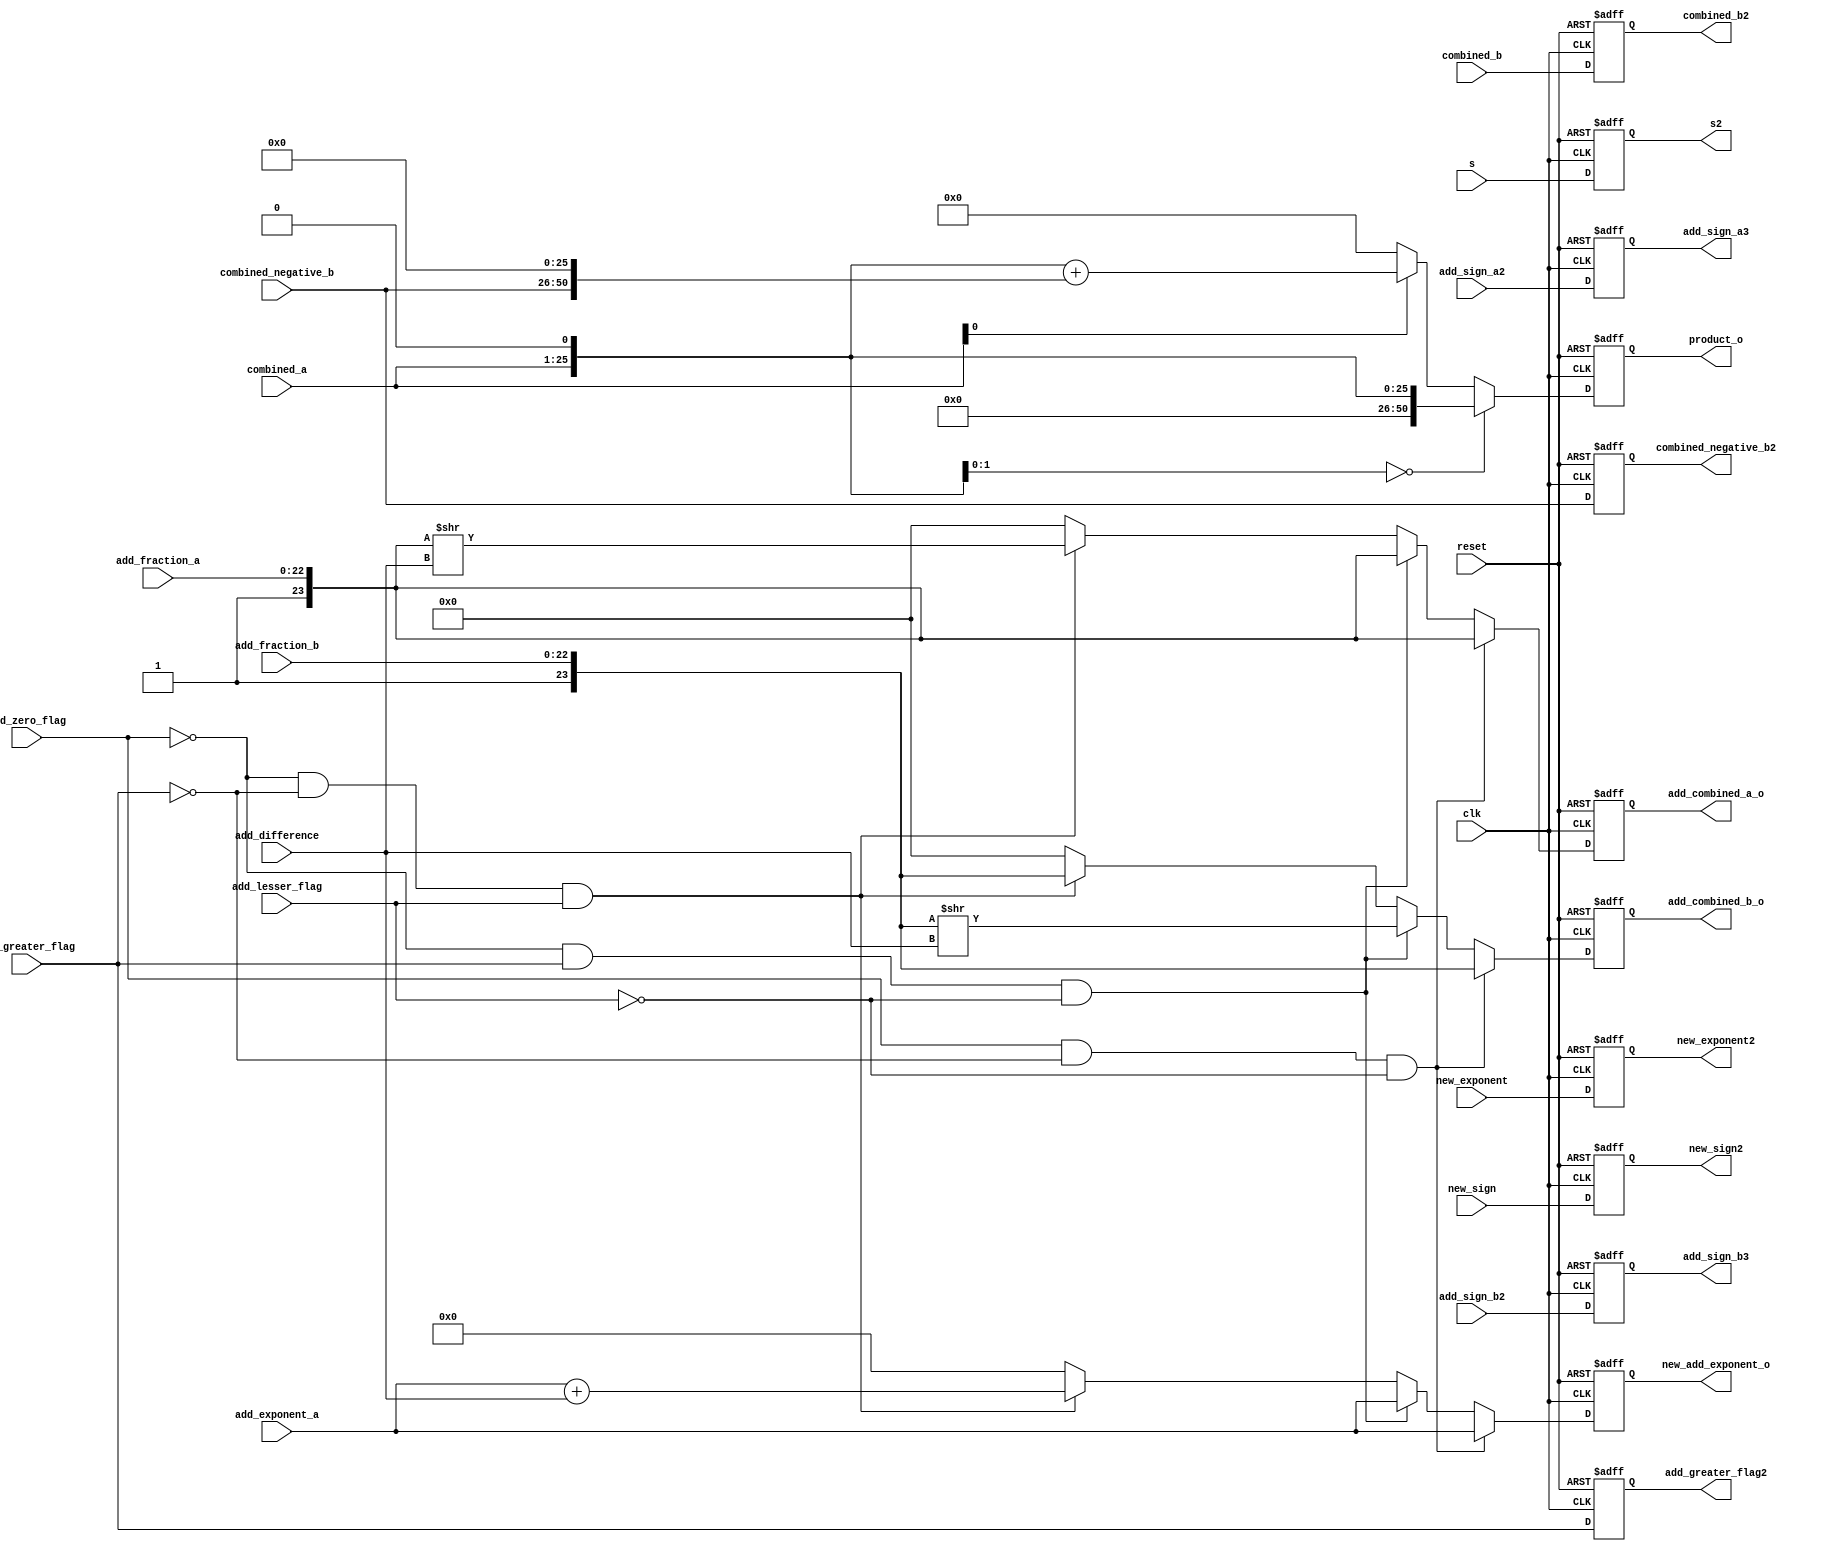
module booth(clk, reset, combined_a,combined_b, combined_negative_b, product_o,combined_b2, combined_negative_b2, new_exponent, new_exponent2,new_sign,new_sign2,add_exponent_a,add_difference,add_zero_flag,add_greater_flag,add_lesser_flag,add_fraction_a,add_fraction_b,add_combined_a_o,add_combined_b_o,new_add_exponent_o,add_sign_a2,add_sign_b2,add_sign_a3,add_sign_b3,s,s2,add_greater_flag2); 

input [8:0]new_exponent;
output reg [8:0] new_exponent2;
input [24:0]combined_a,combined_b, combined_negative_b;
output reg[50:0] product_o;
input clk, reset;
output reg[24:0]combined_b2, combined_negative_b2;
reg[50:0] product, product_temp, product_temp2;
reg [51:0] product_temp3;
input new_sign;
output reg new_sign2;

input s;

output reg s2;

output reg add_greater_flag2;

input [7:0] add_exponent_a,add_difference;
input [22:0] add_fraction_a,add_fraction_b;


input add_sign_a2,add_sign_b2;
output reg add_sign_a3,add_sign_b3;
reg [23:0] temp_add_combined_a,temp_add_combined_b;
//a_nonfraction,b_nonfraction
input add_zero_flag,add_greater_flag,add_lesser_flag;

output reg [7:0]new_add_exponent_o;
output reg [23:0]add_combined_a_o,add_combined_b_o;

reg [7:0]new_add_exponent;
reg [23:0]add_combined_a,add_combined_b;

always@(posedge clk or negedge reset)
begin

	if(!reset)
		begin
		product_o <= 50'b0;
		combined_b2 <= 25'b0;
		combined_negative_b2 <= 25'b0;
		new_exponent2 <= 8'b0;
		new_sign2<= 1'b0;
		s2 <= 0;
		end
	else
		begin
		product_o <= product;
		combined_b2 <= combined_b;
		combined_negative_b2 <= combined_negative_b;
		new_exponent2 <= new_exponent;
		new_sign2<=new_sign;
		s2 <=s;
		end

end

always@(combined_a)
begin

	product_temp = {25'b0,combined_a[24:0],1'b0};

end

always@(*)
begin

	if(product_temp[1:0] == 2'b00)
		product = product_temp;
	else if(product_temp[1:0] == 2'b10)
	begin
		product_temp2 = {combined_negative_b, 26'b0};
		product_temp3 = product_temp + product_temp2;
		product = product_temp3[50:0];
	end
	else
	product = 50'b0;
end

always@(posedge clk or negedge reset)
begin
	if(!reset)
	begin
	new_add_exponent_o <= 1'b0;
	add_combined_a_o <= 24'b000000000000000000000000;
	add_combined_b_o <= 24'b000000000000000000000000;
	add_sign_a3 <= 1'b0;
	add_sign_b3 <= 1'b0;
	add_greater_flag2 <= 1'b0;
	end
	else
	begin
	new_add_exponent_o <= new_add_exponent;
	add_combined_a_o <= add_combined_a;
	add_combined_b_o <= add_combined_b;
	add_sign_a3 <= add_sign_a2;
	add_sign_b3 <= add_sign_b2;
	add_greater_flag2 <= add_greater_flag;
	end
end

always@(*)
begin
	if(add_zero_flag == 1 && add_greater_flag == 0 && add_lesser_flag == 0)
	begin
	 new_add_exponent = add_exponent_a;
	 add_combined_a = {1'b1,add_fraction_a[22:0]};
	 add_combined_b = {1'b1,add_fraction_b[22:0]};

	end
	else if(add_zero_flag == 0 && add_greater_flag == 1 && add_lesser_flag == 0)
	begin
 	
	 add_combined_a = {1'b1,add_fraction_a[22:0]};
	 temp_add_combined_b = {1'b1,add_fraction_b[22:0]}; 	
	 add_combined_b = temp_add_combined_b>>add_difference;
	 new_add_exponent = add_exponent_a;
	 
	end
	else if(add_zero_flag == 0 && add_greater_flag == 0 && add_lesser_flag == 1)
	begin

	 add_combined_b = {1'b1,add_fraction_b[22:0]};
	 temp_add_combined_a = {1'b1,add_fraction_a[22:0]}; 	
	 add_combined_a = temp_add_combined_a>>add_difference;
	 new_add_exponent = add_exponent_a + add_difference;
	 end
	 
	 else
	 begin
	 add_combined_b = 24'b0;
	 add_combined_a = 24'b0;
	 new_add_exponent = 8'b0;
	end
end



endmodule